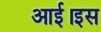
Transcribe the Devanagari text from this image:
आई।इस